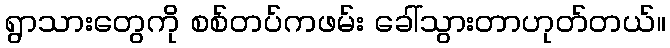
ရွာသားတွေကို စစ်တပ်ကဖမ်း ခေါ်သွားတာဟုတ်တယ်။